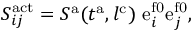
S _ { i j } ^ { \mathrm { a c t } } = S ^ { \mathrm { a } } ( t ^ { \mathrm { a } } , l ^ { \mathrm { { c } } } ) \ { \mathrm { e } } _ { i } ^ { \mathrm { f 0 } } { \mathrm { e } } _ { j } ^ { \mathrm { f 0 } } ,